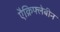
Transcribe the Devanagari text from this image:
एैक्रिफ्लेबीन